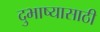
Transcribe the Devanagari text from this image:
दुभाष्यासाठी